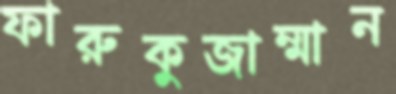
ফারুকুজাম্মান